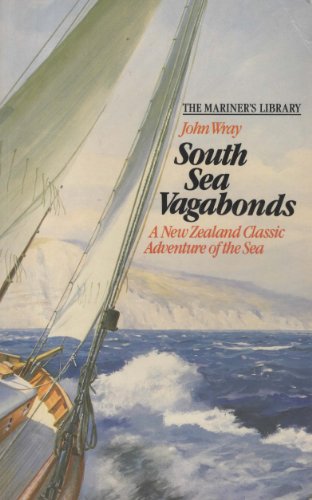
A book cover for South Sea Vagabonds: A New Zealand Classic Adventure of the Sea the Mariner's Library; John Wray; Travel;